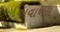
અવાખલ